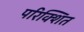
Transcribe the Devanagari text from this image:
परिक्शित